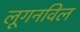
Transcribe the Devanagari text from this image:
लूगनविल